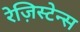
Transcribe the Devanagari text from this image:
रेज़िस्टेन्स